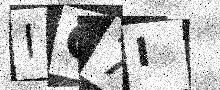
Text: IQ7I